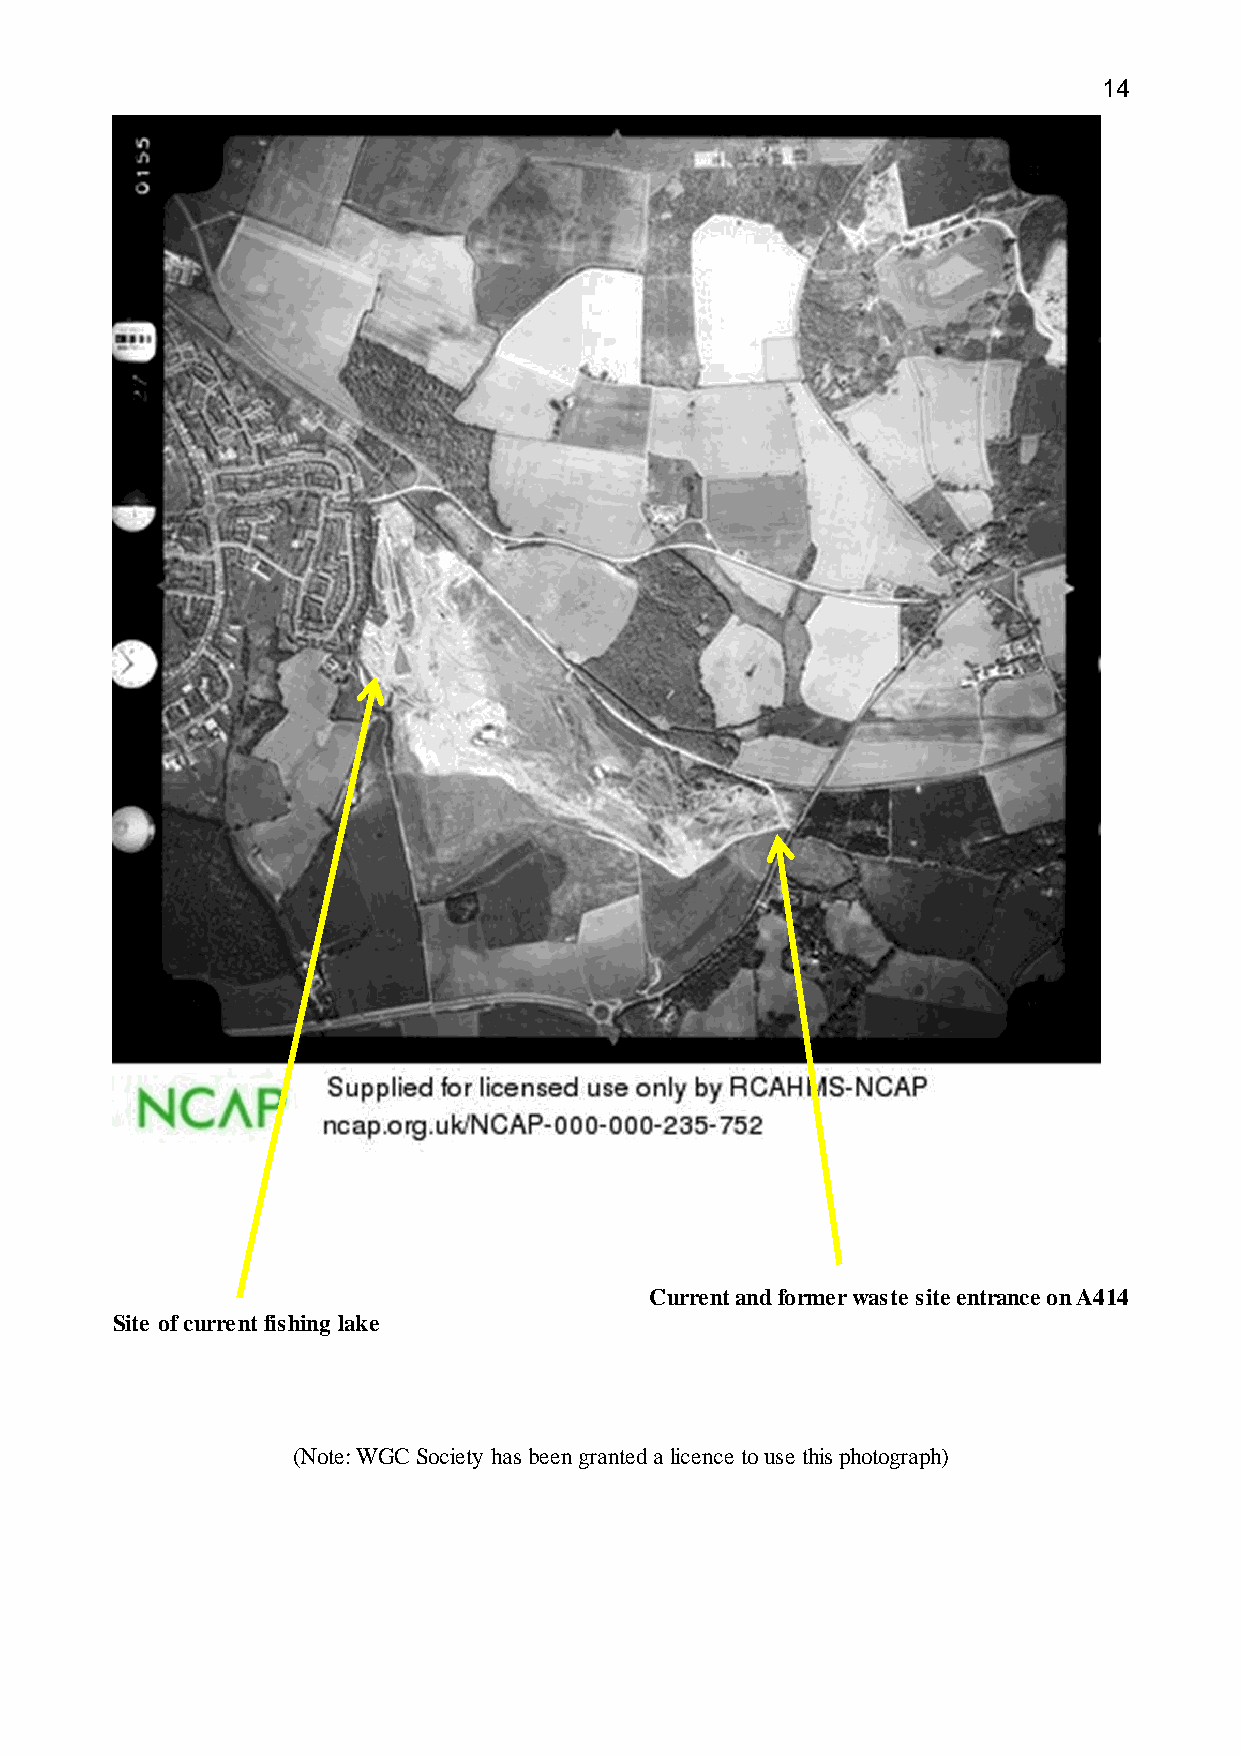
14
 Current and former waste site entrance on A414
 Site of current fishing lake
 (Note: WGC Society has been granted a licence to use this photograph)